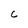
Character: C